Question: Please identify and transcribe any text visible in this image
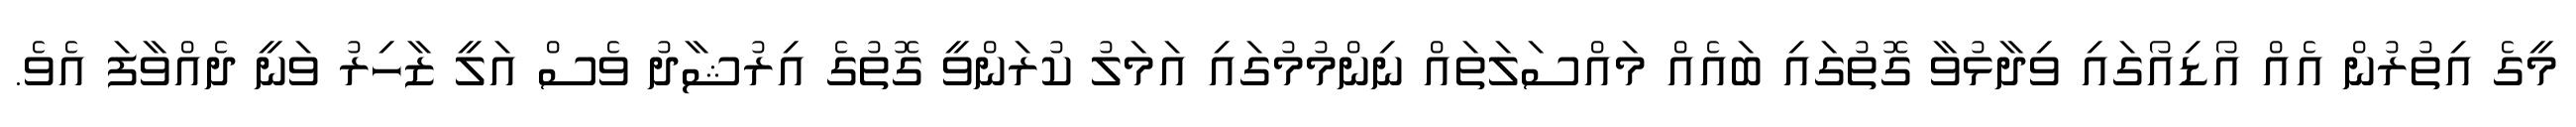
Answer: މީގެ އިތުރުން އެއް އޯޑިއޯގައި ވިދާޅުވާ ގޮތުގައި ބައެއް މައްސަލަތައް ނިންމުމުގައި އަމަލު ކުރަންވީ ގޮތުގެ އިރުޝާދު ވެސް އަލީ ޒާހިރު ވަނީ ދެއްވާފަ އެވެ.